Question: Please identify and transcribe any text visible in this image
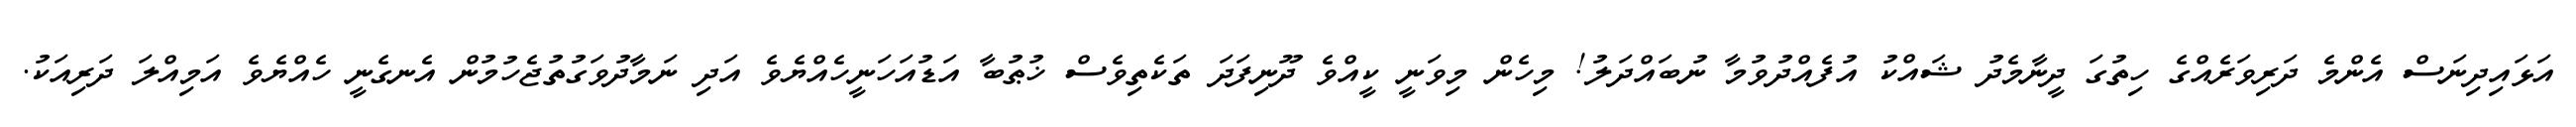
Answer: އަޅައިދިނަސް އެންމެ ދަރިވަރެއްގެ ހިތުގަ ދީނާމެދު ޝައްކު އުފެއްދުވުމާ ނުބައްދަލު! މިހެން މިވަނީ ކީއްވެ ދޫނިފަދަ ތަކެތިވެސް ޚުޠުބާ އަޑުއަހަނީހެއްޔެވެ އަދި ނަމާދުވަގުތުޖެހުމުން އެނގެނީ ހެއްޔެވެ އަމިއްލަ ދަރިއަކު.